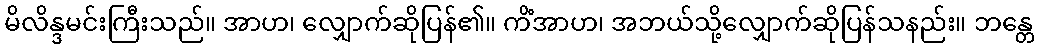
မိလိန္ဒမင်းကြီးသည်။ အာဟ၊ လျှောက်ဆိုပြန်၏။ ကိံအာဟ၊ အဘယ်သို့လျှောက်ဆိုပြန်သနည်း။ ဘန္တေ